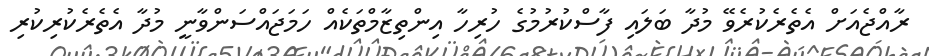
ރާއްޖެއަށް އެތެރެކުރެވޭ މުދާ ބަލައި ފާސްކުރުމުގެ ހުރިހާ އިންތިޒާމްތަކެއް ހަމަޖައްސަންވާނީ މުދާ އެތެރެކުރިކުރި